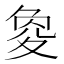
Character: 𡕫